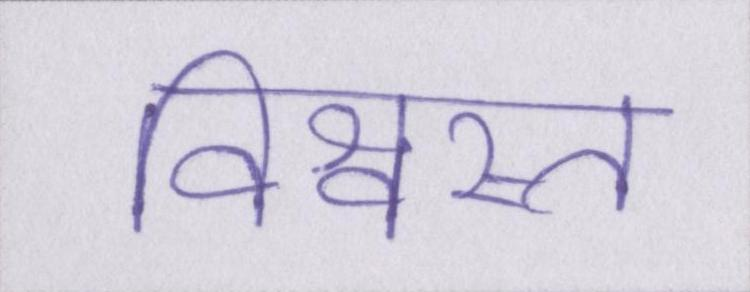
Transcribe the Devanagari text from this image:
विश्वस्त